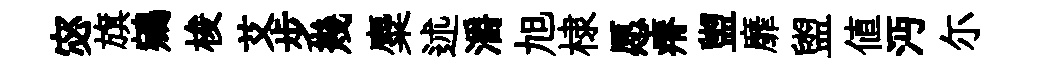
宓旗鵷梭艾步幾麋述灂旭棣愿瘠盥靡盥値沔尓